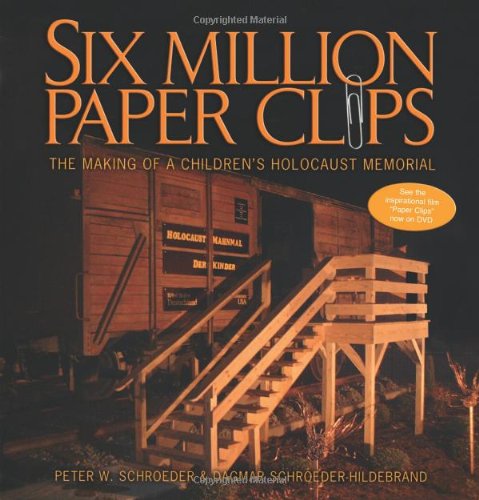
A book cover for Six Million Paper Clips: The Making Of A Children's Holocaust Memorial; Peter W. Schroeder; Children's Books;